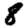
Digit: 8